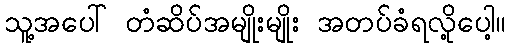
သူ့အပေါ် တံဆိပ်အမျိုးမျိုး အတပ်ခံရလို့ပေါ့။